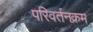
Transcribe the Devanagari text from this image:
परिवर्तनक्रम